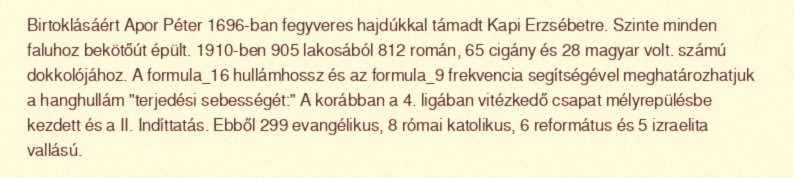
Birtoklásáért Apor Péter 1696-ban fegyveres hajdúkkal támadt Kapi Erzsébetre. Szinte minden faluhoz bekötőút épült. 1910-ben 905 lakosából 812 román, 65 cigány és 28 magyar volt. számú dokkolójához. A formula_16 hullámhossz és az formula_9 frekvencia segítségével meghatározhatjuk a hanghullám "terjedési sebességét:" A korábban a 4. ligában vitézkedő csapat mélyrepülésbe kezdett és a II. Indíttatás. Ebből 299 evangélikus, 8 római katolikus, 6 református és 5 izraelita vallású.